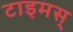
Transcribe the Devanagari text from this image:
टाइमस्